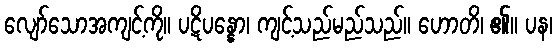
လျော်သောအကျင့်ကို။ ပဋိပန္နော၊ ကျင့်သည်မည်သည်။ ဟောတိ၊ ၏။ ပန၊